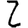
Digit: 2